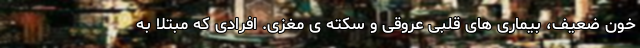
خون ضعیف، بیماری های قلبی عروقی و سکته ی مغزی. افرادی که مبتلا به